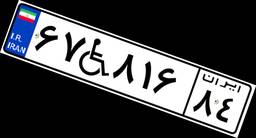
۶۷W۸۱۶۸۴